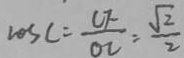
\cos C = \frac { C F } { O C } = \frac { \sqrt { 2 } } { 2 }